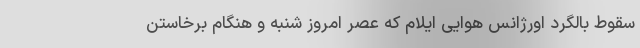
سقوط بالگرد اورژانس هوایی ایلام که عصر امروز شنبه و هنگام برخاستن